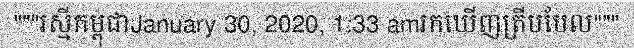
"""រស្មីកម្ពុជាJanuary 30, 2020, 1:33 amរកឃើញត្រីបបែល"""